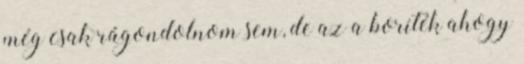
még csak rágondolnom sem, de az a boríték ahogy